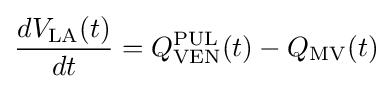
{\frac {dV_{\mathrm {LA} }(t)}{dt}}=Q_{\mathrm {VEN} }^{\mathrm {PUL} }(t)-Q_{\mathrm {MV} }(t)